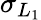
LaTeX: \sigma_{L_{1}}